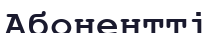
Абонентті